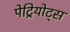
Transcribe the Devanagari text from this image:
पेट्रियोट्स